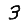
Digit: 3